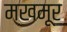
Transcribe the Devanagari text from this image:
मखमूर